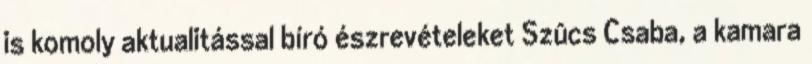
is komoly aktualitással bíró észrevételeket Szûcs Csaba, a kamara